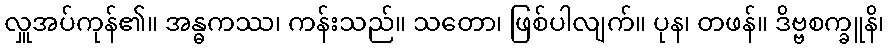
လှူအပ်ကုန်၏။ အန္ဓကဿ၊ ကန်းသည်။ သတော၊ ဖြစ်ပါလျက်။ ပုန၊ တဖန်။ ဒိဗ္ဗစက္ခူနိ၊